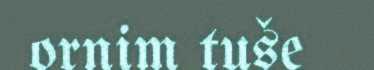
ornim tuše